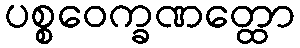
ပစ္စဝေက္ခဏတ္ထော